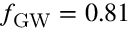
\ensuremath { f _ { \mathrm { G W } } } = 0 . 8 1